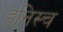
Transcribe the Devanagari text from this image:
हनिस्च